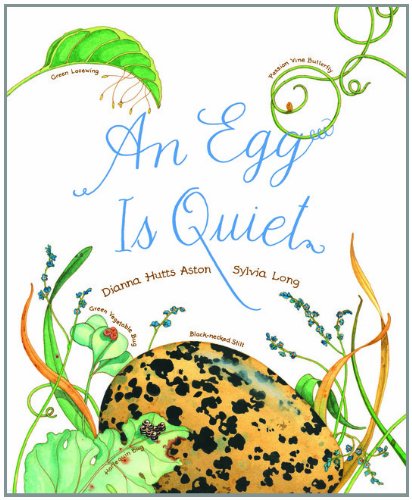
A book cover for An Egg Is Quiet; Dianna Hutts Aston; Children's Books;